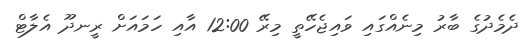
ދެމެދުގެ ބާރު މިނެއްގައި ވައިޖެހޭތީ މިރޭ 12:00 އާއި ހަމައަށް ރީނދޫ އެލާޓް